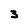
Character: 3